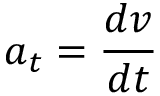
a _ { t } = { \frac { d v } { d t } }